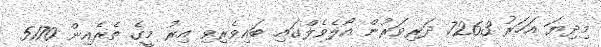
މިދިޔަ އަހަރު 7263 ދަރިވަރުން އޯލެވެލްގައި ބައިވެރިވި އިރު މީގެ ތެރެއިން 5170